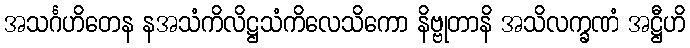
အသင်္ဂဟိတေန နအသံကိလိဋ္ဌသံကိလေသိကော နိဗ္ဗုတာနိ အသိလက္ခဏံ အဋ္ဌီဟိ